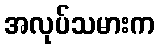
အလုပ်သမားက